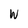
Character: W